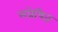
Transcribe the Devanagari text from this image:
सप्रेषित